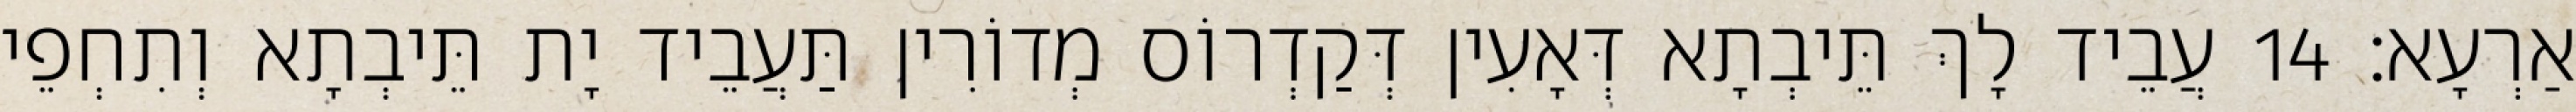
אַרְעָא׃ 14 עֲבֵיד לָךְ תֵּיבְתָא דְּאָעִין דְּקַדְרוֹס מְדוֹרִין תַּעֲבֵיד יָת תֵּיבְתָא וְתִחְפֵי